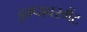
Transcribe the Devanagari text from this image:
इम्पावरमेंट